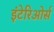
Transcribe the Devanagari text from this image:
इंटेरिओर्स